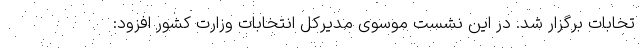
تخابات برگزار شد. در این نشست موسوی مدیرکل انتخابات وزارت کشور افزود: